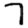
Digit: 7